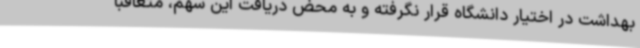
بهداشت در اختیار دانشگاه قرار نگرفته و به محض دریافت این سهم، متعاقبا